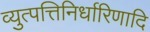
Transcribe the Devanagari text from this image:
व्युत्पत्तिनिर्धारिणादि